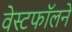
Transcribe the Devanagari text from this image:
वेस्टफॉलने